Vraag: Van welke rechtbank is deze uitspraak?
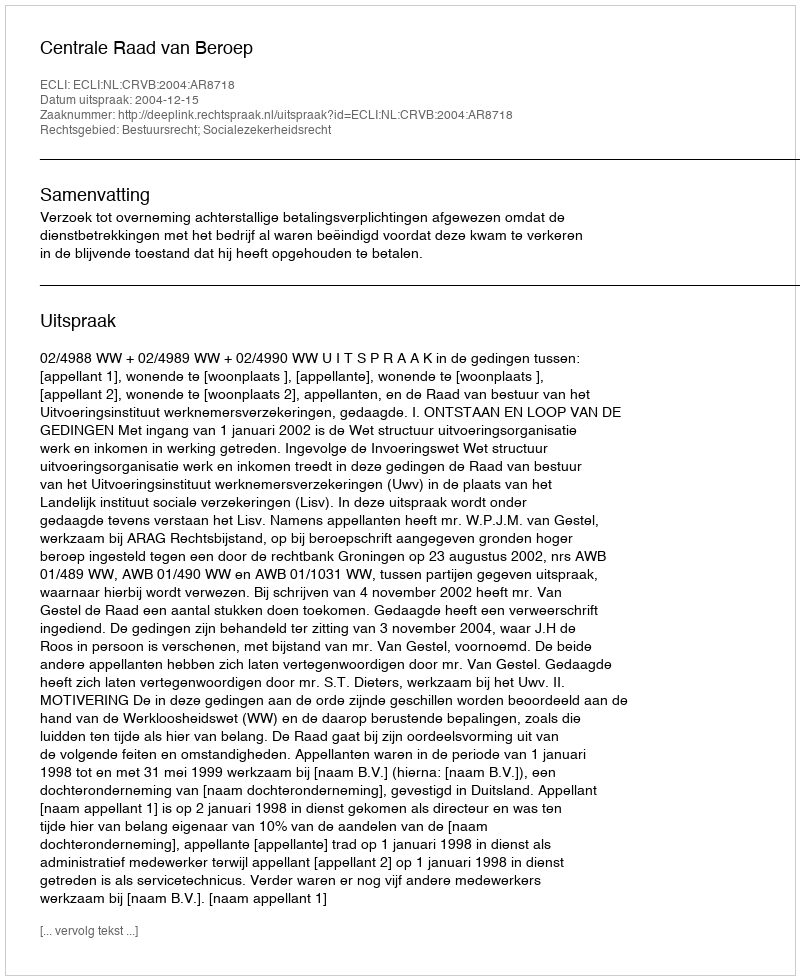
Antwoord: Centrale Raad van Beroep